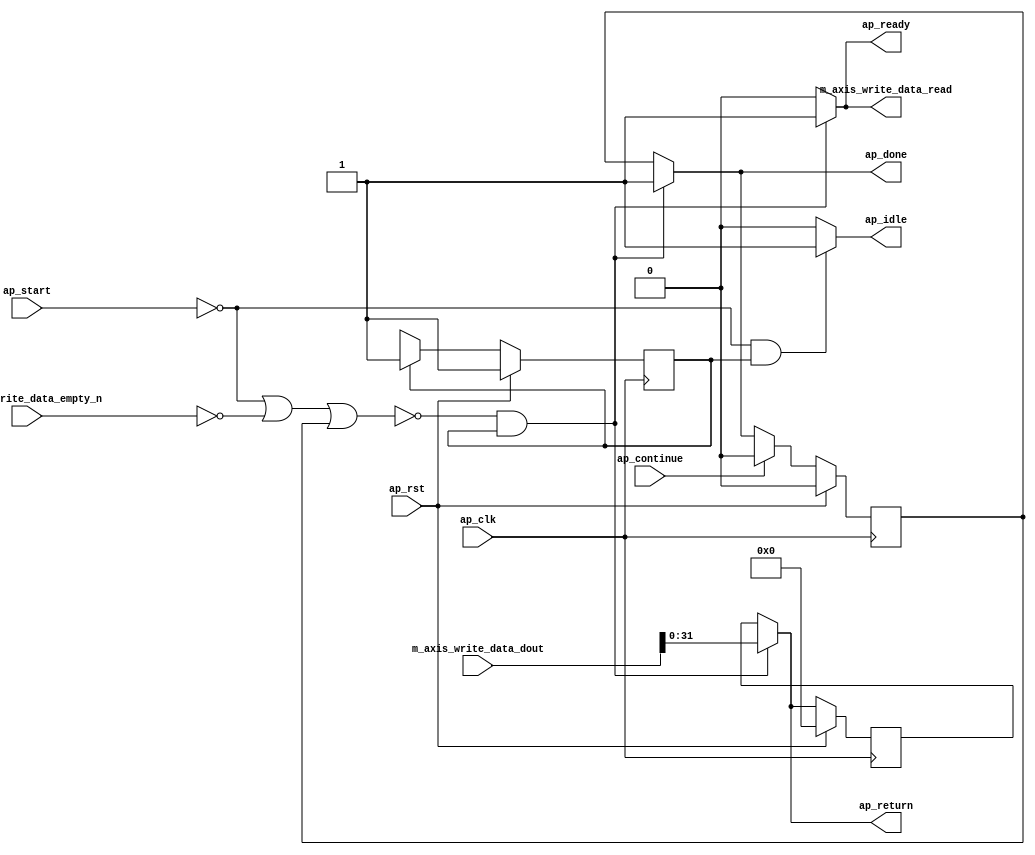
// ==============================================================
// RTL generated by Vitis HLS - High-Level Synthesis from C, C++ and OpenCL v2020.2 (64-bit)
// Version: 2020.2
// Copyright (C) Copyright 1986-2020 Xilinx, Inc. All Rights Reserved.
// 
// ===========================================================

`timescale 1 ns / 1 ps 

module hyperloglog_top_bll_output (
        ap_clk,
        ap_rst,
        ap_start,
        ap_done,
        ap_continue,
        ap_idle,
        ap_ready,
        m_axis_write_data_dout,
        m_axis_write_data_empty_n,
        m_axis_write_data_read,
        ap_return
);

parameter    ap_ST_fsm_state1 = 1'd1;

input   ap_clk;
input   ap_rst;
input   ap_start;
output   ap_done;
input   ap_continue;
output   ap_idle;
output   ap_ready;
input  [63:0] m_axis_write_data_dout;
input   m_axis_write_data_empty_n;
output   m_axis_write_data_read;
output  [31:0] ap_return;

reg ap_done;
reg ap_idle;
reg ap_ready;
reg m_axis_write_data_read;
reg[31:0] ap_return;

reg    ap_done_reg;
(* fsm_encoding = "none" *) reg   [0:0] ap_CS_fsm;
wire    ap_CS_fsm_state1;
reg    m_axis_write_data_blk_n;
reg    ap_block_state1;
wire   [31:0] cardinality_data_fu_18_p1;
reg   [31:0] ap_return_preg;
reg   [0:0] ap_NS_fsm;
wire    ap_ce_reg;

// power-on initialization
initial begin
#0 ap_done_reg = 1'b0;
#0 ap_CS_fsm = 1'd1;
#0 ap_return_preg = 32'd0;
end

always @ (posedge ap_clk) begin
    if (ap_rst == 1'b1) begin
        ap_CS_fsm <= ap_ST_fsm_state1;
    end else begin
        ap_CS_fsm <= ap_NS_fsm;
    end
end

always @ (posedge ap_clk) begin
    if (ap_rst == 1'b1) begin
        ap_done_reg <= 1'b0;
    end else begin
        if ((ap_continue == 1'b1)) begin
            ap_done_reg <= 1'b0;
        end else if ((~((ap_start == 1'b0) | (m_axis_write_data_empty_n == 1'b0) | (ap_done_reg == 1'b1)) & (1'b1 == ap_CS_fsm_state1))) begin
            ap_done_reg <= 1'b1;
        end
    end
end

always @ (posedge ap_clk) begin
    if (ap_rst == 1'b1) begin
        ap_return_preg <= 32'd0;
    end else begin
        if ((~((ap_start == 1'b0) | (m_axis_write_data_empty_n == 1'b0) | (ap_done_reg == 1'b1)) & (1'b1 == ap_CS_fsm_state1))) begin
            ap_return_preg <= cardinality_data_fu_18_p1;
        end
    end
end

always @ (*) begin
    if ((~((ap_start == 1'b0) | (m_axis_write_data_empty_n == 1'b0) | (ap_done_reg == 1'b1)) & (1'b1 == ap_CS_fsm_state1))) begin
        ap_done = 1'b1;
    end else begin
        ap_done = ap_done_reg;
    end
end

always @ (*) begin
    if (((ap_start == 1'b0) & (1'b1 == ap_CS_fsm_state1))) begin
        ap_idle = 1'b1;
    end else begin
        ap_idle = 1'b0;
    end
end

always @ (*) begin
    if ((~((ap_start == 1'b0) | (m_axis_write_data_empty_n == 1'b0) | (ap_done_reg == 1'b1)) & (1'b1 == ap_CS_fsm_state1))) begin
        ap_ready = 1'b1;
    end else begin
        ap_ready = 1'b0;
    end
end

always @ (*) begin
    if ((~((ap_start == 1'b0) | (m_axis_write_data_empty_n == 1'b0) | (ap_done_reg == 1'b1)) & (1'b1 == ap_CS_fsm_state1))) begin
        ap_return = cardinality_data_fu_18_p1;
    end else begin
        ap_return = ap_return_preg;
    end
end

always @ (*) begin
    if ((~((ap_start == 1'b0) | (ap_done_reg == 1'b1)) & (1'b1 == ap_CS_fsm_state1))) begin
        m_axis_write_data_blk_n = m_axis_write_data_empty_n;
    end else begin
        m_axis_write_data_blk_n = 1'b1;
    end
end

always @ (*) begin
    if ((~((ap_start == 1'b0) | (m_axis_write_data_empty_n == 1'b0) | (ap_done_reg == 1'b1)) & (1'b1 == ap_CS_fsm_state1))) begin
        m_axis_write_data_read = 1'b1;
    end else begin
        m_axis_write_data_read = 1'b0;
    end
end

always @ (*) begin
    case (ap_CS_fsm)
        ap_ST_fsm_state1 : begin
            ap_NS_fsm = ap_ST_fsm_state1;
        end
        default : begin
            ap_NS_fsm = 'bx;
        end
    endcase
end

assign ap_CS_fsm_state1 = ap_CS_fsm[32'd0];

always @ (*) begin
    ap_block_state1 = ((ap_start == 1'b0) | (m_axis_write_data_empty_n == 1'b0) | (ap_done_reg == 1'b1));
end

assign cardinality_data_fu_18_p1 = m_axis_write_data_dout[31:0];

endmodule //hyperloglog_top_bll_output